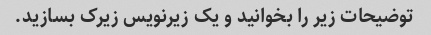
توضیحات زیر را بخوانید و یک زیرنویس زیرک بسازید.